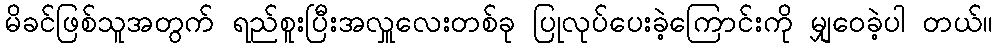
မိခင်ဖြစ်သူအတွက် ရည်စူးပြီးအလှူလေးတစ်ခု ပြုလုပ်ပေးခဲ့ကြောင်းကို မျှဝေခဲ့ပါ တယ်။